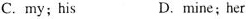
C.my; his D.mine; her